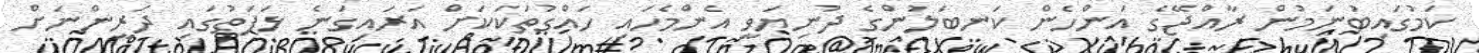
ކަމުގައިބުނަމުން ރާއްޖޭގެ އަންހެން ކަނބަލުންގެ ދުނިޔަވީ އެންމެހައި ހައްގުތަކަކަށް އަރައިގަނެ ޅަފަތުގައި ދަރީންނަށް